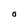
Character: O